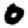
Digit: 0